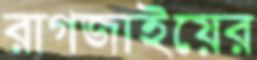
রাগজাইয়ের